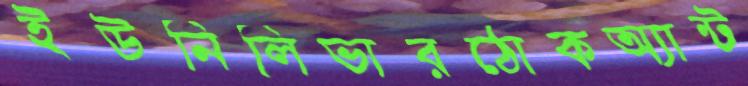
ইউনিলিভারঠোকঅ্যান্ট